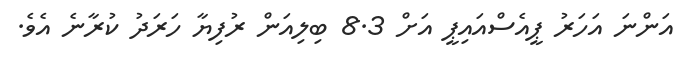
އަންނަ އަހަރު ޕީއެސްއައިޕީ އަށް 8.3 ބިލިއަން ރުފިޔާ ހަރަދު ކުރާނެ އެވެ.